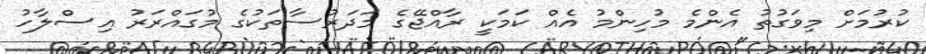
ކުރުމަށް މިވަގުތު އެންމެ މުހިންމު އެއް ކަމަކީ ރާއްޖޭގެ މަދަރުސާތަކުގެ މުގައްރަރު އިސްލާހު